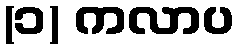
(၁) ကလာပ